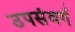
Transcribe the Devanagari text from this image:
उपसंवर्ग